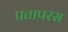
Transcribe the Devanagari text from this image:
प्रतापरस